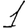
Digit: 1